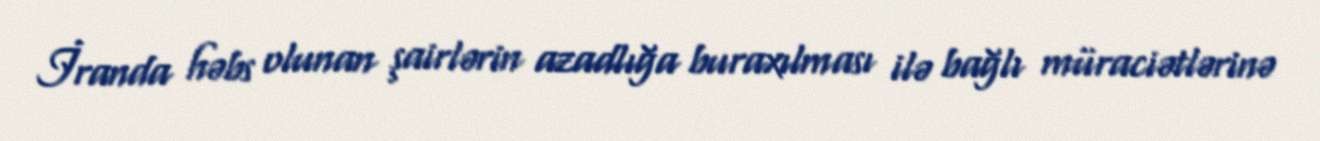
İranda həbs olunan şairlərin azadlığa buraxılması ilə bağlı müraciətlərinə